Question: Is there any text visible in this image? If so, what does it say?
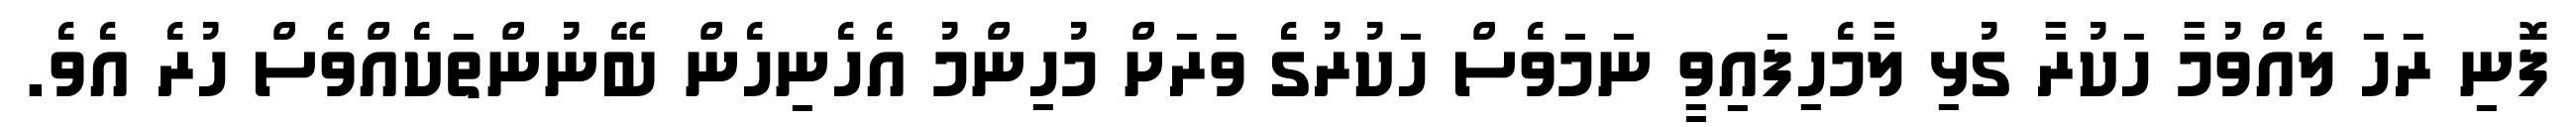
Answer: ފޮނި ރަހަ ލެއްވުމާ ހަކުރާ ގުޅި ލާމެހިފައިވީ ނަމަވެސް ހަކުރުގެ ވަރަށް މުހިންމު އެހެނިހެން ބޭނުންތަކެއްވެސް ހުރެ އެވެ.